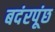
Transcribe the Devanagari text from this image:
बदंरपूंछ